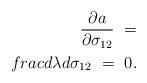
LaTeX: \begin{align*}\frac{\partial a}{\partial\sigma_{12}}\ =\\frac{d\lambda}{d\sigma_{12}}\ =\ 0.\end{align*}